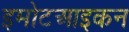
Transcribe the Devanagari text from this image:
इमोटआइकन